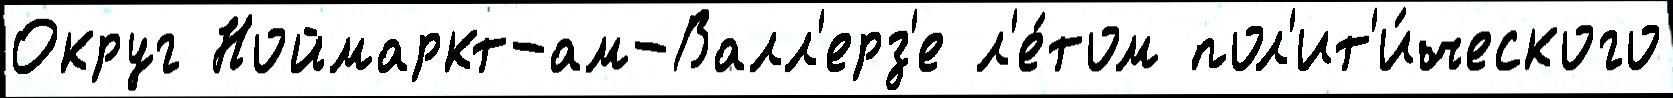
Округ Ноймаркт-ам-Валл'ерз'е л'е́том пол'ит'и́ческого